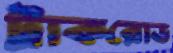
ট্রাকরোড